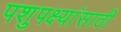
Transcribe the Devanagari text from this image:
पशुपक्ष्यांसाठी